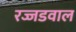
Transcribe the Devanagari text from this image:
रज्जडवाल